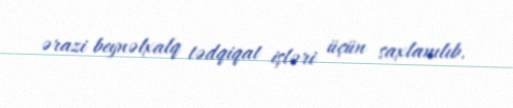
ərazi beynəlxalq tədqiqat işləri üçün saxlanılıb.